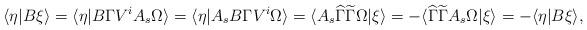
LaTeX: \begin{align*}\langle \eta | B\xi\rangle=\langle \eta | B \Gamma V^i A_s \Omega \rangle=\langle \eta| A_s B \Gamma V^i \Omega \rangle=\langle A_s \widehat{\Gamma} \widetilde{\Gamma} \Omega | \xi \rangle=- \langle \widehat{\Gamma} \widetilde{\Gamma} A_s \Omega| \xi \rangle=-\langle \eta | B\xi \rangle,\end{align*}